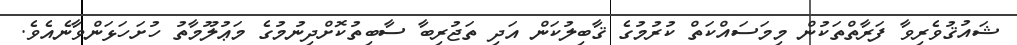
ޝައުޤުވެރިވާ ފަރާތްތަކުން މިމަސައްކަތް ކުރުމުގެ ޤާބިލުކަން އަދި ތަޖުރިބާ ސާބިތުކޮށްދިނުމުގެ މަޢުލޫމާތު ހުށަހަޅަންވާނެއެވެ.